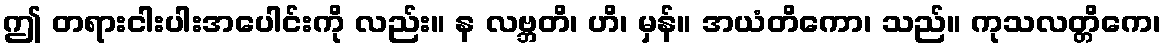
ဤ တရားငါးပါးအပေါင်းကို လည်း။ န လဗ္ဘတိ၊ ဟိ၊ မှန်။ အယံတိကော၊ သည်။ ကုသလတ္တိကေ၊